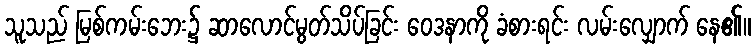
သူသည် မြစ်ကမ်းဘေး၌ ဆာလောင်မွတ်သိပ်ခြင်း ဝေဒနာကို ခံစားရင်း လမ်းလျှောက် နေ၏။